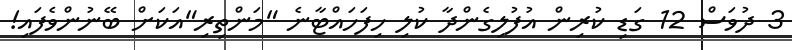
3 ދުވަސް 12 ގަޑި ކުރިން އުފުލިގެންދާ ކުލި ހިފަހައްޓާނެ "މަންތިރި"އަކަށް ބޭނުންވެފައި!